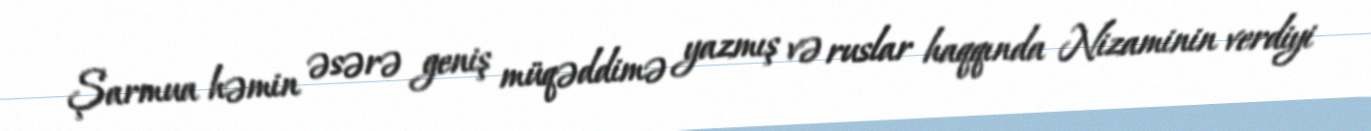
Şarmua həmin əsərə geniş müqəddimə yazmış və ruslar haqqında Nizaminin verdiyi